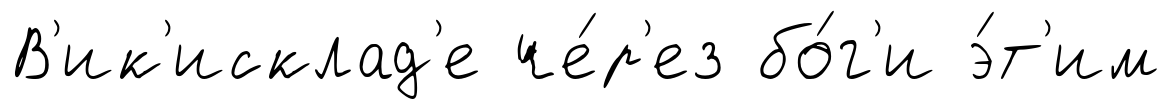
В'ик'исклад'е че́р'ез бо́г'и э́т'им